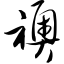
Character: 袄